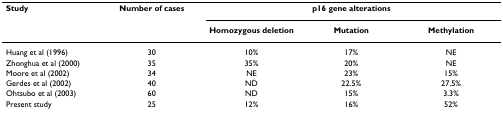
<table><thead><tr><td><b>Study</b></td><td><b>Number of cases</b></td><td colspan="3"><b>p16 gene alterations</b></td></tr><tr><td></td><td></td><td><b>Homozygous deletion</b></td><td><b>Mutation</b></td><td><b>Methylation</b></td></tr></thead><tbody><tr><td>Huang et al (1996)</td><td>30</td><td>10%</td><td>17%</td><td>NE</td></tr><tr><td>Zhonghua et al (2000)</td><td>35</td><td>35%</td><td>20%</td><td>NE</td></tr><tr><td>Moore et al (2002)</td><td>34</td><td>NE</td><td>23%</td><td>15%</td></tr><tr><td>Gerdes et al (2002)</td><td>40</td><td>ND</td><td>22.5%</td><td>27.5%</td></tr><tr><td>Ohtsubo et al (2003)</td><td>60</td><td>ND</td><td>15%</td><td>3.3%</td></tr><tr><td>Present study</td><td>25</td><td>12%</td><td>16%</td><td>52%</td></tr></tbody></table>